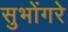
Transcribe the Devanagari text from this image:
सुभोंगरे